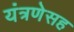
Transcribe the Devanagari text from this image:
यंत्रणेसह